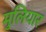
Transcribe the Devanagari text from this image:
मुलियार